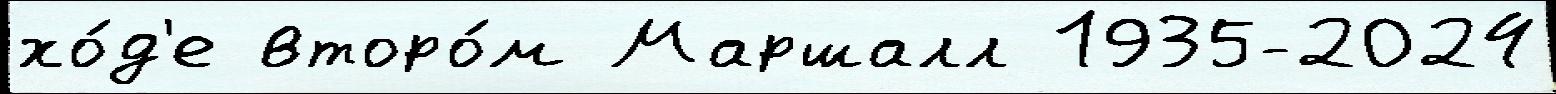
хо́д'е второ́м Маршалл 1935-2024